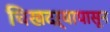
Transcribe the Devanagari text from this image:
चिखदऱ्यापासून